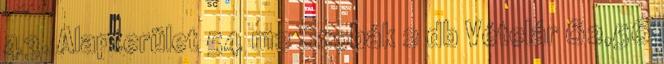
43. Alapterület 54 m2 Szobák 2 db Vételár 62,56